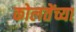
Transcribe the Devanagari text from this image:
कोलतेंच्या